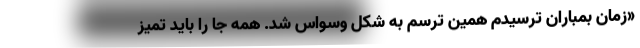
«زمان بمباران ترسیدم همین ترسم به شکل وسواس شد. همه جا را باید تمیز